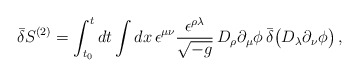
\begin{align*}\bar\delta S^{(2)}=\int_{t_0}^tdt\int dx\,\epsilon^{\mu\nu}\frac{\epsilon^{\rho\lambda}}{\sqrt{-g}}\,D_\rho\partial_\mu\phi\,\bar\delta\bigl(D_\lambda\partial_\nu\phi\bigr)\,,\end{align*}